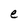
Character: e